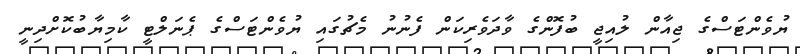
ޔުވެންޓަސްގެ ޖިއާން ލުއިޖީ ބުފޮންގެ ވާދަވެރިކަން ފެނުނު މެޗުގައި ޔުވެންޓަސްގެ ޕެނަލްޓީ ކާމިޔާބުކޮށްދިނީ